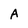
Character: A